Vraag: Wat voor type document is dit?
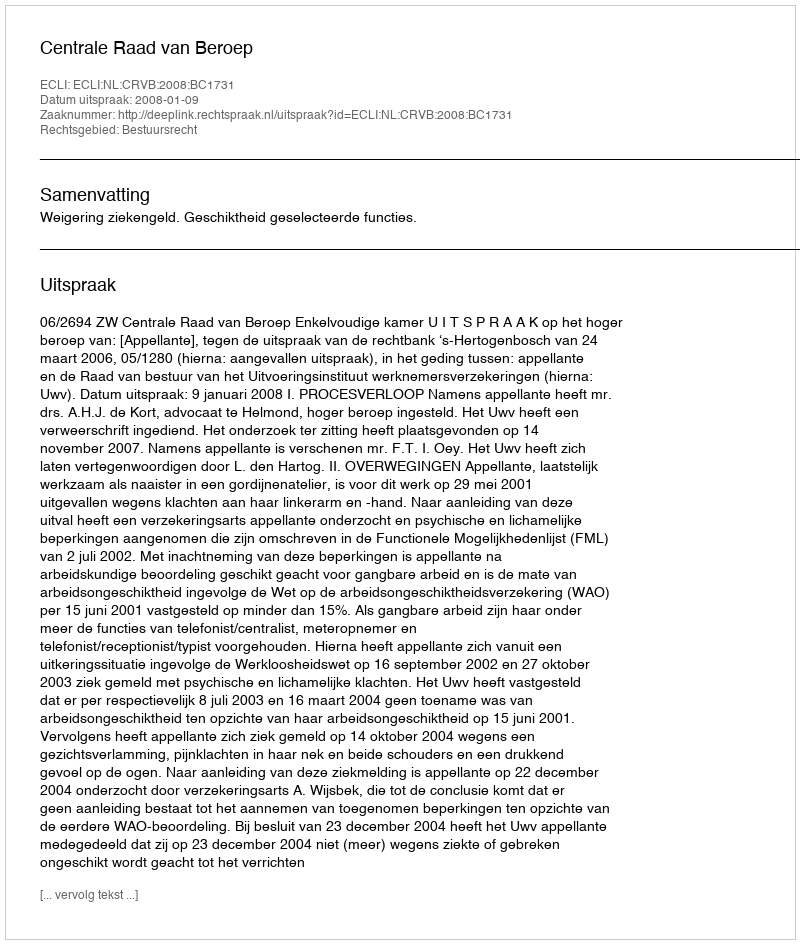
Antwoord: Uitspraak